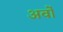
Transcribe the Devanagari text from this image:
अर्वो